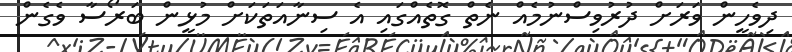
ދިވެހީން ވަރަށް ދުރުވިސްނުމެއް ނެތް ގޮތެއްގައި އެ ސިނާއަތަކަށް މުޅީން ބަރޯސާ ވެގެން